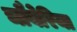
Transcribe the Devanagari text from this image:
चौबेरिया